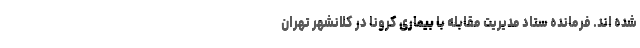
شده‌ اند. فرمانده ستاد مدیریت مقابله با بیماری کرونا در کلانشهر تهران